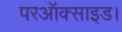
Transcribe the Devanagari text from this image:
परऑक्साइड।